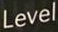
Level